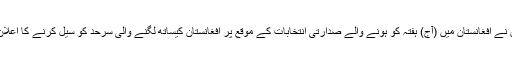
ادھرپاکستان نے افغانستان میں (آج) ہفتہ کو ہونے والے صدارتی انتخابات کے موقع پر افغانستان کیساتھ لگنے والی سرحد کو سیل کرنے کا اعلان کردیا ہے۔